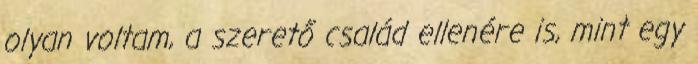
olyan voltam, a szerető család ellenére is, mint egy